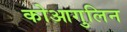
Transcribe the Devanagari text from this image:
कोआगुलिन